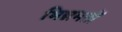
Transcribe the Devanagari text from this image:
भिन्नमतों